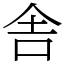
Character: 舎